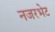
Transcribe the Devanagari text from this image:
नजरभेट